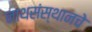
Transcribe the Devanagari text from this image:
नाथसंस्थानचे